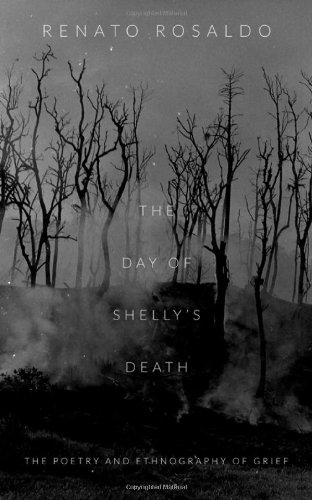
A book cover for The Day of Shelly's Death: The Poetry and Ethnography of Grief; Renato Rosaldo; Biographies & Memoirs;